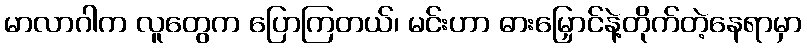
မာလာဂါက လူတွေက ပြောကြတယ်၊ မင်းဟာ ဓားမြှောင်နဲ့တိုက်တဲ့နေရာမှာ